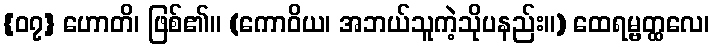
{၀၇} ဟောတိ၊ ဖြစ်၏။ (ကောဝိယ၊ အဘယ်သူကဲ့သိုပနည်း။) ထေရမ္ဗတ္ထလေ၊